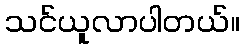
သင်ယူလာပါတယ်။